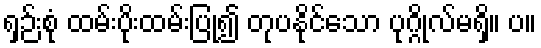
ရှဉ်းစုံ ထမ်းပိုးထမ်းပြု၍ တုပနိုင်သော ပုဂ္ဂိုလ်မရှိ။ ပ။